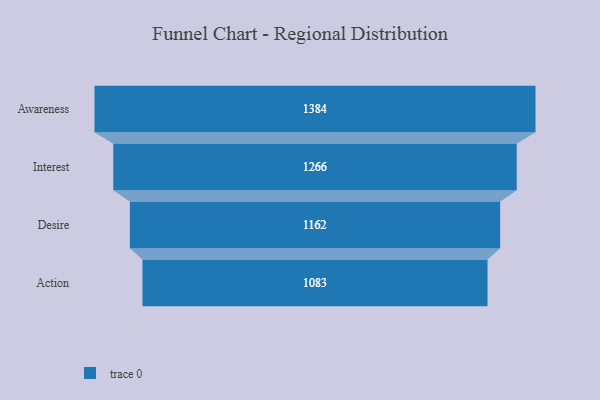
{"axis": {"x": "Stage", "y": "Value"}, "legend": [""], "data": [{"x": "Awareness", "y": 1384.0, "type": ""}, {"x": "Interest", "y": 1266.0, "type": ""}, {"x": "Desire", "y": 1162.0, "type": ""}, {"x": "Action", "y": 1083.0, "type": ""}]}